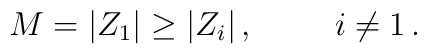
M=|Z_{1}| \geq  |Z_{i}|\, ,\hspace{1cm}i\neq 1\, .